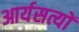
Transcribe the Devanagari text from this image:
आर्यसत्यों